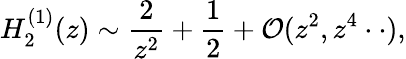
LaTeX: H_{2}^{(1)}(z)\sim\frac{2}{z^{2}}+\frac{1}{2}+{\cal O}(z^{2},z^{4}\cdot\cdot),